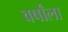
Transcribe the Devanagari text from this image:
वर्षांला